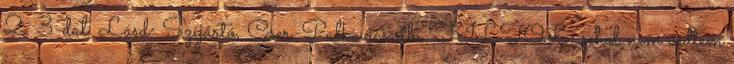
2 3-dal. Lásd: Szíjártó, Cser-Palkovics stb. FILTOL: sehol nem védtem